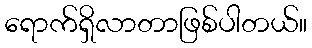
ရောက်ရှိလာတာဖြစ်ပါတယ်။